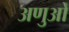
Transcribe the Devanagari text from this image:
अणुओँ